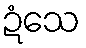
ဍံသေ